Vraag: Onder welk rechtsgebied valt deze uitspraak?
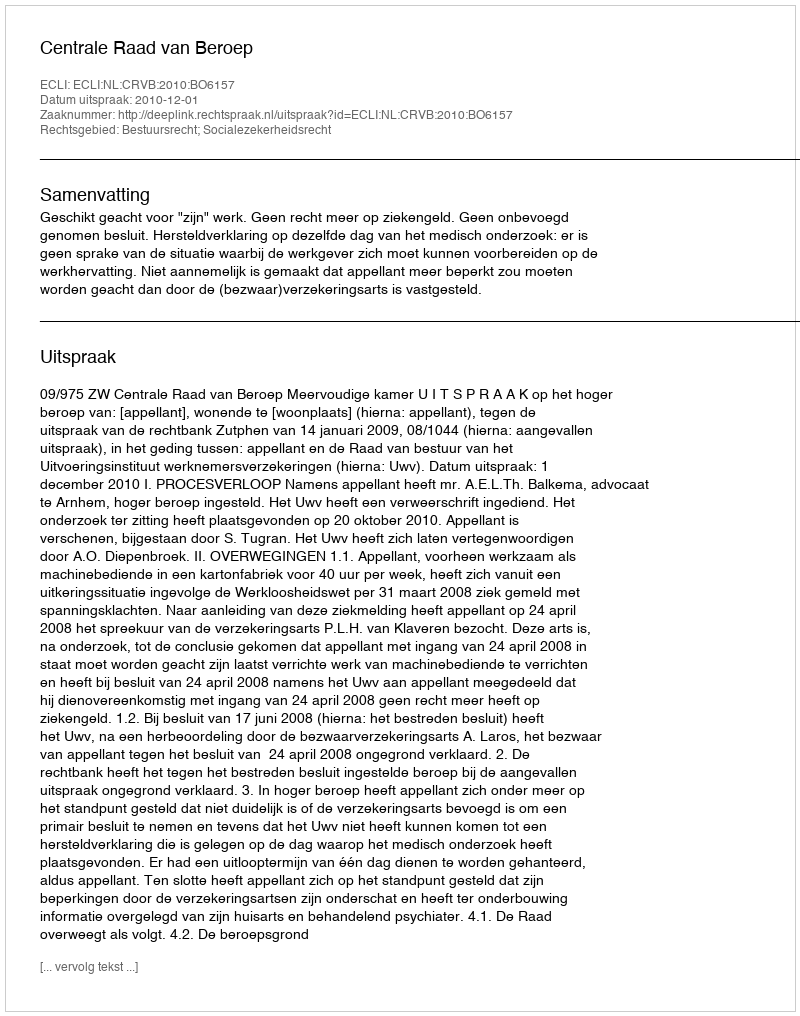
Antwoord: Bestuursrecht; Socialezekerheidsrecht